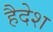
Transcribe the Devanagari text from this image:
हैदेश